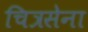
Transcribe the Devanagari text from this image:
चित्रसेना